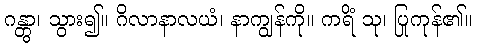
ဂန္တွာ၊ သွား၍။ ဂိလာနာလယံ၊ နာကျွန်ကို။ ကရိံ သု၊ ပြုကုန်၏။